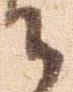
々